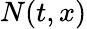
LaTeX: N(t,x)